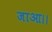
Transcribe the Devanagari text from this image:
जाआ।।